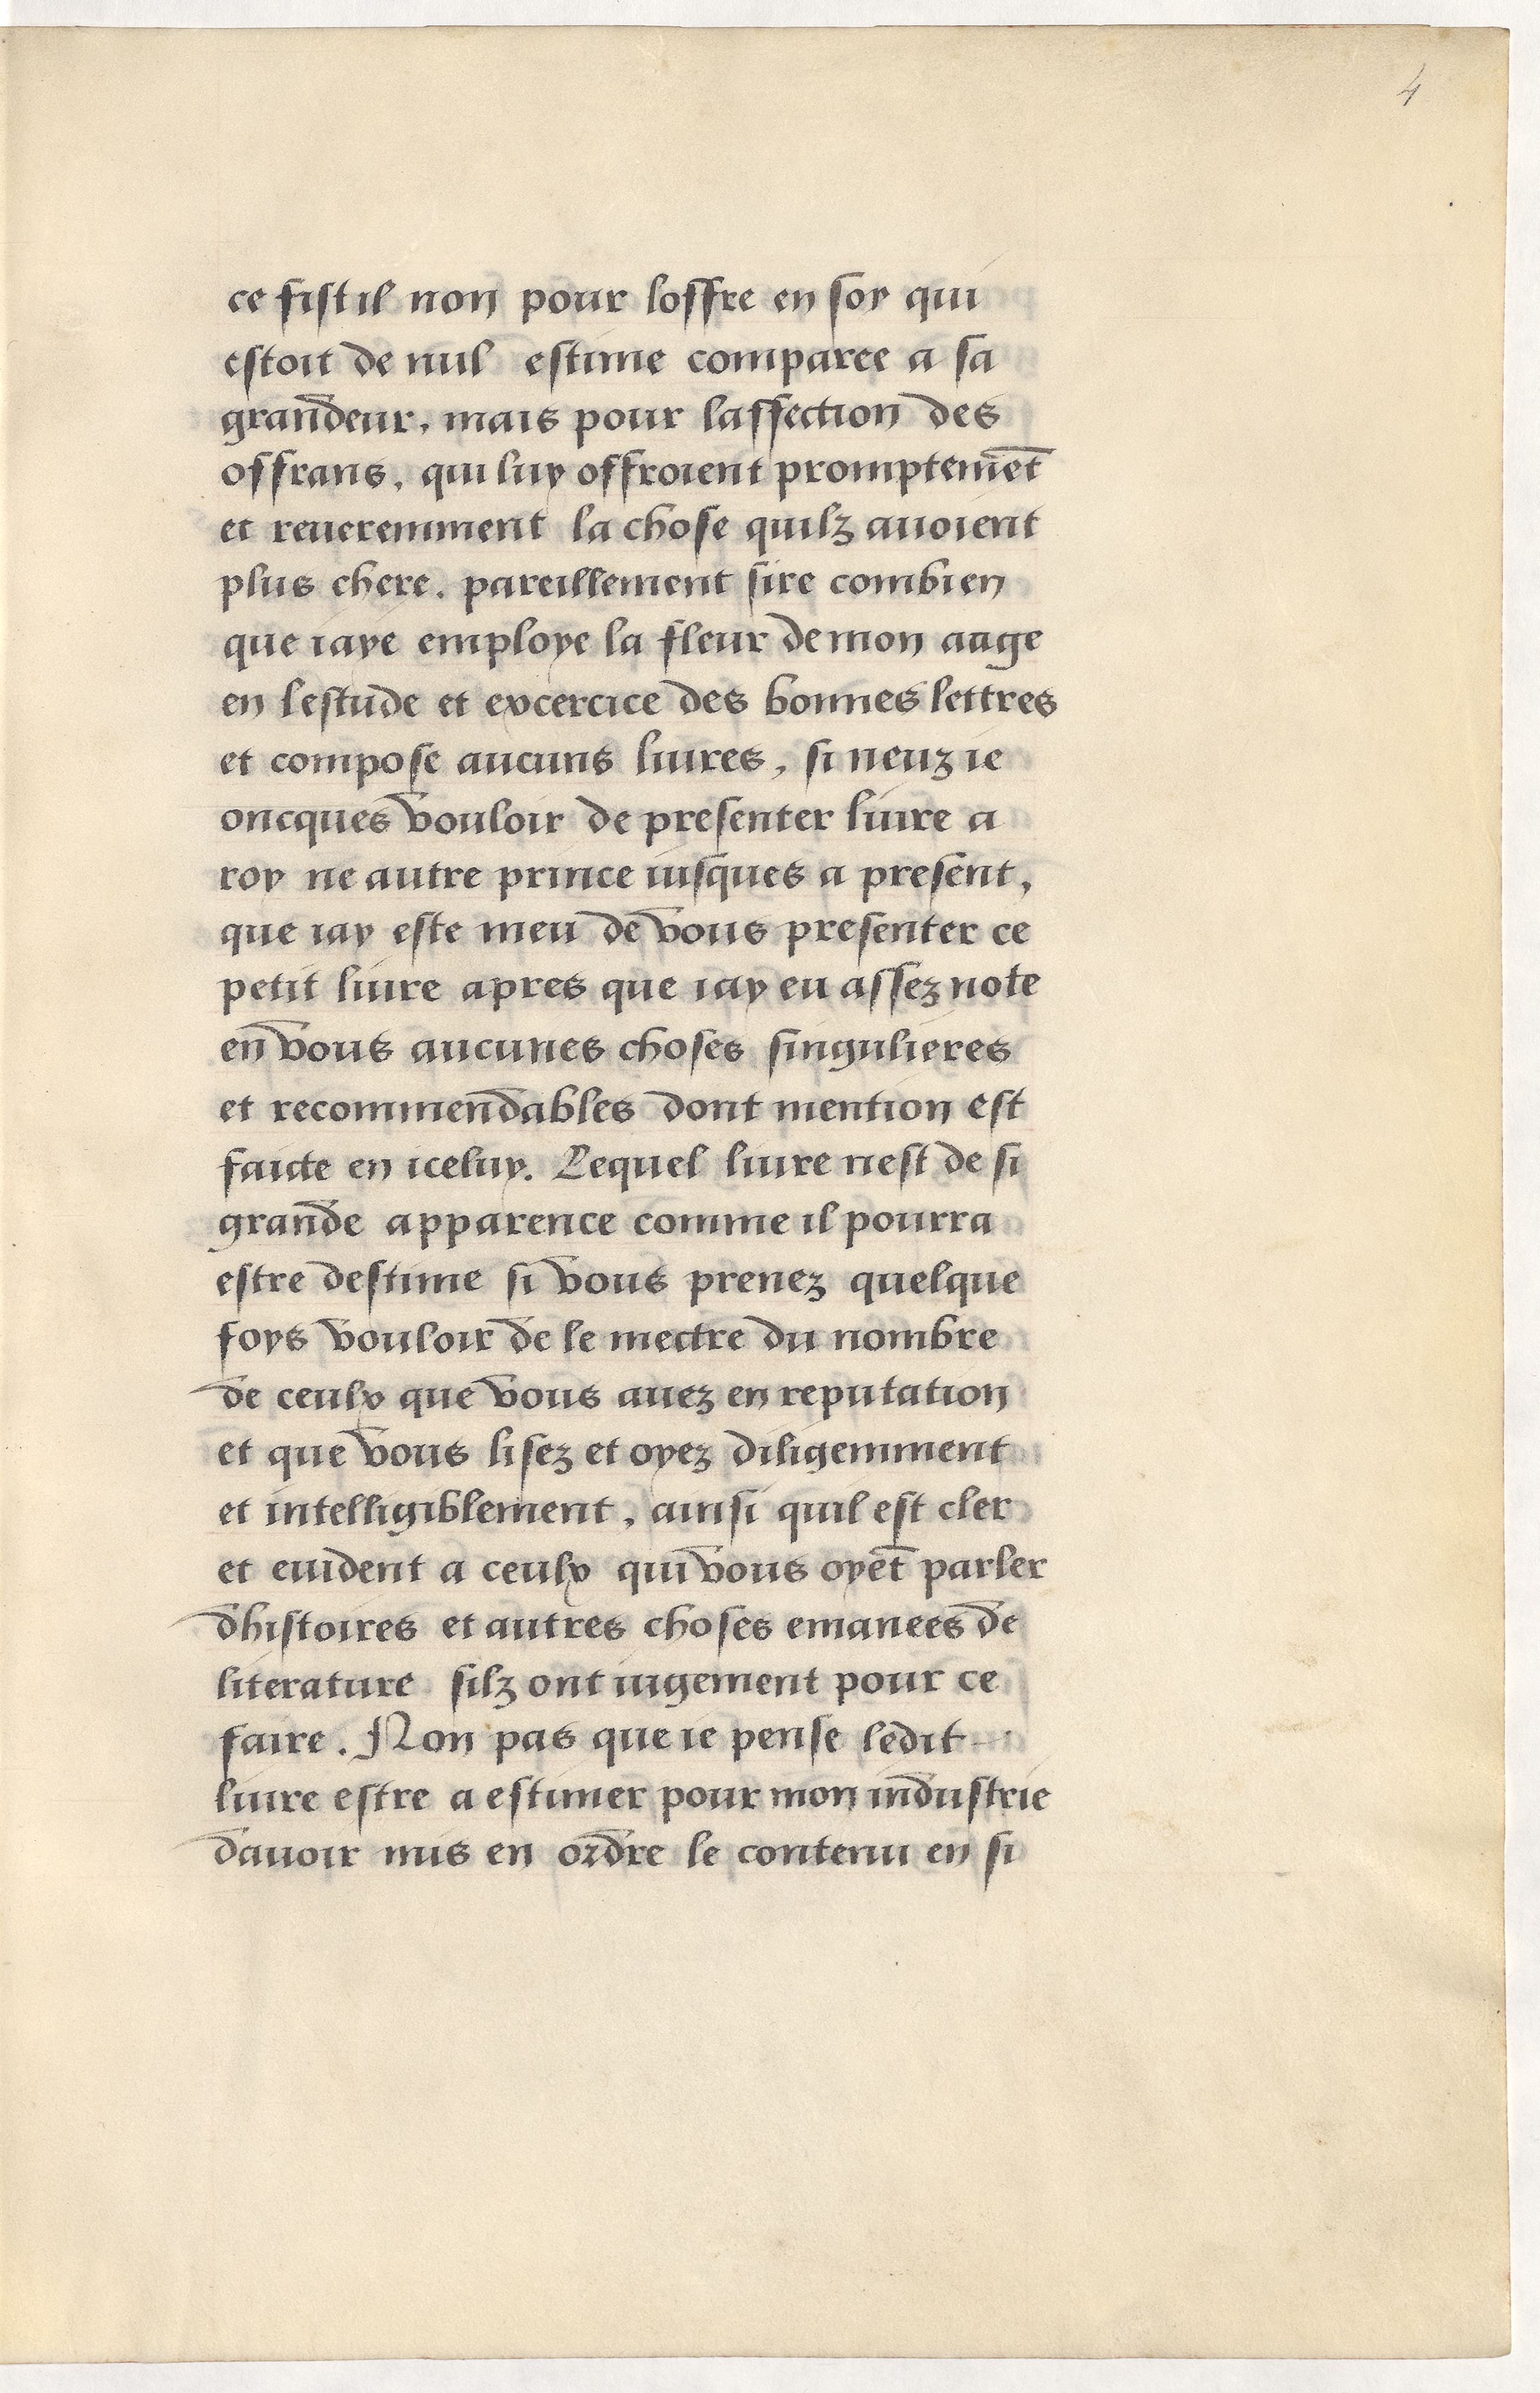
Shelfmark: Paris, BnF, Arsenal, 5103
Century: 15